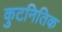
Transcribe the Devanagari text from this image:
कुटनितिक